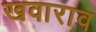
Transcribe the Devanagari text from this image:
खवाराव